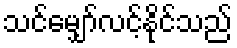
သင်မျှော်လင့်နိုင်သည်